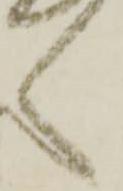
く